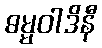
ဓမ္မဝါဒိနီ